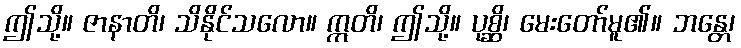
ဤသို့။ ဇာနာတိ၊ သိနိုင်သလော။ ဣတိ၊ ဤသို့။ ပုစ္ဆိ၊ မေးတော်မူ၏။ ဘန္တေ၊